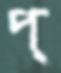
প্